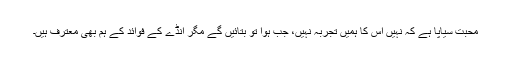
محبت سیاپا ہے کہ نہیں اس کا ہمیں تجربہ نہیں، جب ہوا تو بتائیں گے مگر انڈے کے فوائد کے ہم بھی معترف ہیں۔